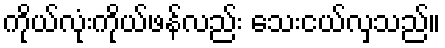
ကိုယ်လုံးကိုယ်ဖန်လည်း သေးငယ်လှသည်။